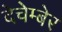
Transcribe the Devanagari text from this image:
देचेम्बेर